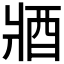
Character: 𨟻